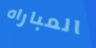
المباراه